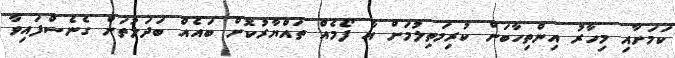
ކަމަށާއި މިހާރު އިންތިހާބަށް ކުރިމަތިލުމަށް އާ ފޯމެއް ތައްޔާރުކޮށް ބައެއް ބަދަލުތަށް ގެނެސްފައިވާ